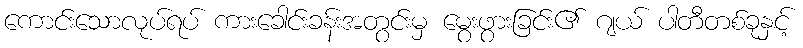
ကောင်းသောလုပ်ရပ် ကားခေါင်းခန်းအတွင်းမှ မွေးဖွားခြင်း၏ ဂျယ် ပါတီတစ်ခုနှင့်